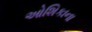
ઓશિકાના